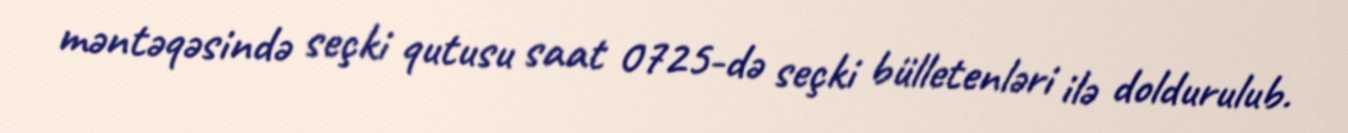
məntəqəsində seçki qutusu saat 0725-də seçki bülletenləri ilə doldurulub.